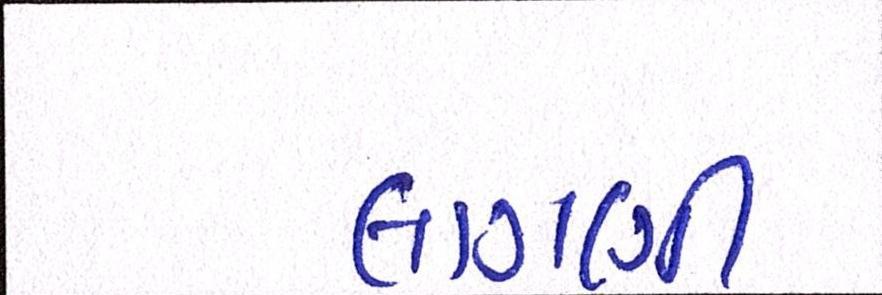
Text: લાગણી